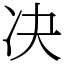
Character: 决